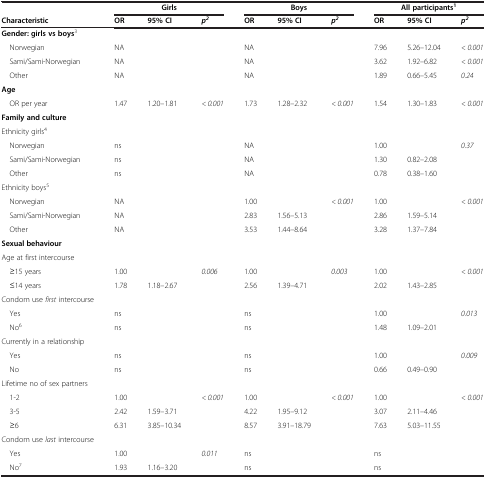
<table><thead><tr><td><b> </b></td><td><b> </b></td><td><b>Girls</b></td><td><b> </b></td><td><b> </b></td><td><b>Boys</b></td><td><b> </b></td><td><b> </b></td><td><b>All participants<sup>1</sup></b></td><td><b> </b></td></tr><tr><td><b>Characteristic</b></td><td><b>OR</b></td><td><b>95% CI</b></td><td><b><i>p</i><sup><i>2</i></sup></b></td><td><b>OR</b></td><td><b>95% CI</b></td><td><b><i>p</i><sup><i>2</i></sup></b></td><td><b>OR</b></td><td><b>95% CI</b></td><td><b><i>p</i><sup><i>2</i></sup></b></td></tr></thead><tbody><tr><td><b>Gender: girls vs boys</b><sup>3</sup></td><td> </td><td> </td><td> </td><td> </td><td> </td><td> </td><td> </td><td> </td><td> </td></tr><tr><td> Norwegian</td><td>NA</td><td> </td><td> </td><td>NA</td><td> </td><td> </td><td>7.96</td><td>5.26–12.04</td><td><i>&lt; 0.001</i></td></tr><tr><td> Sami/Sami-Norwegian</td><td>NA</td><td> </td><td> </td><td>NA</td><td> </td><td> </td><td>3.62</td><td>1.92–6.82</td><td><i>&lt; 0.001</i></td></tr><tr><td> Other</td><td>NA</td><td> </td><td> </td><td>NA</td><td> </td><td> </td><td>1.89</td><td>0.66–5.45</td><td><i>0.24</i></td></tr><tr><td><b>Age</b></td><td> </td><td> </td><td> </td><td> </td><td> </td><td> </td><td> </td><td> </td><td> </td></tr><tr><td> OR per year</td><td>1.47</td><td>1.20–1.81</td><td><i>&lt; 0.001</i></td><td>1.73</td><td>1.28–2.32</td><td><i>&lt; 0.001</i></td><td>1.54</td><td>1.30–1.83</td><td><i>&lt; 0.001</i></td></tr><tr><td><b>Family and culture</b></td><td> </td><td> </td><td> </td><td> </td><td> </td><td> </td><td> </td><td> </td><td> </td></tr><tr><td>Ethnicity girls<sup>4</sup></td><td> </td><td> </td><td> </td><td> </td><td> </td><td> </td><td> </td><td> </td><td> </td></tr><tr><td> Norwegian</td><td>ns</td><td> </td><td> </td><td>NA</td><td> </td><td> </td><td>1.00</td><td> </td><td><i>0.37</i></td></tr><tr><td> Sami/Sami-Norwegian</td><td>ns</td><td> </td><td> </td><td>NA</td><td> </td><td> </td><td>1.30</td><td>0.82–2.08</td><td> </td></tr><tr><td> Other</td><td>ns</td><td> </td><td> </td><td>NA</td><td> </td><td> </td><td>0.78</td><td>0.38–1.60</td><td> </td></tr><tr><td>Ethnicity boys<sup>5</sup></td><td> </td><td> </td><td> </td><td> </td><td> </td><td> </td><td> </td><td> </td><td> </td></tr><tr><td> Norwegian</td><td>NA</td><td> </td><td> </td><td>1.00</td><td> </td><td><i>&lt; 0.001</i></td><td>1.00</td><td> </td><td><i>&lt; 0.001</i></td></tr><tr><td> Sami/Sami-Norwegian</td><td>NA</td><td> </td><td> </td><td>2.83</td><td>1.56–5.13</td><td> </td><td>2.86</td><td>1.59–5.14</td><td> </td></tr><tr><td> Other</td><td>NA</td><td> </td><td> </td><td>3.53</td><td>1.44–8.64</td><td> </td><td>3.28</td><td>1.37–7.84</td><td> </td></tr><tr><td><b>Sexual behaviour</b></td><td> </td><td> </td><td> </td><td> </td><td> </td><td> </td><td> </td><td> </td><td> </td></tr><tr><td>Age at first intercourse</td><td> </td><td> </td><td> </td><td> </td><td> </td><td> </td><td> </td><td> </td><td> </td></tr><tr><td> ≥15 years</td><td>1.00</td><td> </td><td><i>0.006</i></td><td>1.00</td><td> </td><td><i>0.003</i></td><td>1.00</td><td> </td><td><i>&lt; 0.001</i></td></tr><tr><td> ≤14 years</td><td>1.78</td><td>1.18–2.67</td><td> </td><td>2.56</td><td>1.39–4.71</td><td> </td><td>2.02</td><td>1.43–2.85</td><td> </td></tr><tr><td>Condom use <i>first</i> intercourse</td><td> </td><td> </td><td> </td><td> </td><td> </td><td> </td><td> </td><td> </td><td> </td></tr><tr><td> Yes</td><td>ns</td><td> </td><td> </td><td>ns</td><td> </td><td> </td><td>1.00</td><td> </td><td><i>0.013</i></td></tr><tr><td> No<sup>6</sup></td><td>ns</td><td> </td><td> </td><td>ns</td><td> </td><td> </td><td>1.48</td><td>1.09–2.01</td><td> </td></tr><tr><td>Currently in a relationship</td><td> </td><td> </td><td> </td><td> </td><td> </td><td> </td><td> </td><td> </td><td> </td></tr><tr><td> Yes</td><td>ns</td><td> </td><td> </td><td>ns</td><td> </td><td> </td><td>1.00</td><td> </td><td><i>0.009</i></td></tr><tr><td> No</td><td>ns</td><td> </td><td> </td><td>ns</td><td> </td><td> </td><td>0.66</td><td>0.49–0.90</td><td> </td></tr><tr><td>Lifetime no of sex partners</td><td> </td><td> </td><td> </td><td> </td><td> </td><td> </td><td> </td><td> </td><td> </td></tr><tr><td> 1-2</td><td>1.00</td><td> </td><td><i>&lt; 0.001</i></td><td>1.00</td><td> </td><td><i>&lt; 0.001</i></td><td>1.00</td><td> </td><td><i>&lt; 0.001</i></td></tr><tr><td> 3-5</td><td>2.42</td><td>1.59–3.71</td><td> </td><td>4.22</td><td>1.95–9.12</td><td> </td><td>3.07</td><td>2.11–4.46</td><td> </td></tr><tr><td> ≥6</td><td>6.31</td><td>3.85–10.34</td><td> </td><td>8.57</td><td>3.91–18.79</td><td> </td><td>7.63</td><td>5.03–11.55</td><td> </td></tr><tr><td>Condom use <i>last</i> intercourse</td><td> </td><td> </td><td> </td><td> </td><td> </td><td> </td><td> </td><td> </td><td> </td></tr><tr><td> Yes</td><td>1.00</td><td> </td><td><i>0.011</i></td><td>ns</td><td> </td><td> </td><td>ns</td><td> </td><td> </td></tr><tr><td> No<sup>7</sup></td><td>1.93</td><td>1.16–3.20</td><td> </td><td>ns</td><td> </td><td> </td><td>ns</td><td> </td><td> </td></tr></tbody></table>